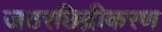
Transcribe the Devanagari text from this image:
जठरछिद्रीकरण